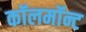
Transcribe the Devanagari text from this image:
कॉलमॉन्ट